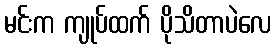
မင်းက ကျုပ်ထက် ပိုသိတာပဲလေ